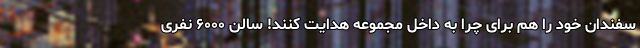
سفندان خود را هم برای چرا به داخل مجموعه هدایت کنند! سالن ۶۰۰۰ نفری